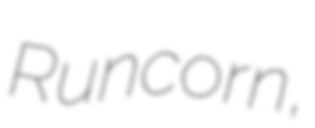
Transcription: Runcorn,